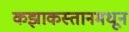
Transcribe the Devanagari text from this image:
कझाकस्तानमधून